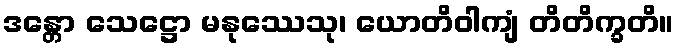
ဒန္တော သေဋ္ဌော မနုဿေသု၊ ယောတိဝါကျံ တိတိက္ခတိ။